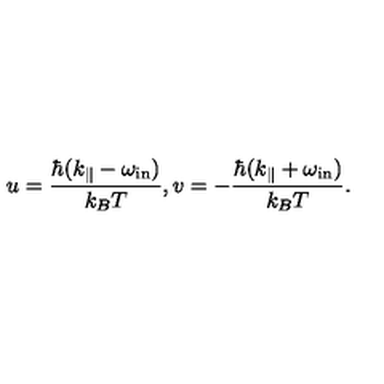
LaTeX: u = \frac { \hbar ( k _ { \| } - \omega _ { \mathrm { i n } } ) } { k _ { B } T } , v = - \frac { \hbar ( k _ { \| } + \omega _ { \mathrm { i n } } ) } { k _ { B } T } .